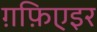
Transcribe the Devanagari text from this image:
ग़फ़िएइर